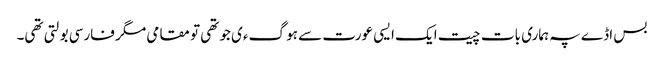
بس اڈے پہ ہماری بات چیت ایک ایسی عورت سے ہو گءی جو تھی تو مقامی مگر فارسی بولتی تھی۔